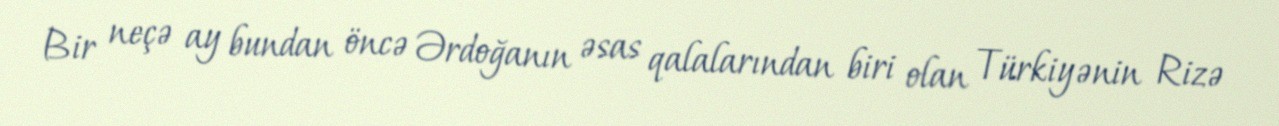
Bir neçə ay bundan öncə Ərdoğanın əsas qalalarından biri olan Türkiyənin Rizə